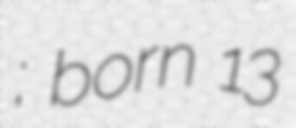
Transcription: Димитров; born 13